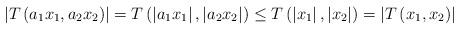
LaTeX: \begin{align*}\left\vert T\left( a_{1}x_{1},a_{2}x_{2}\right) \right\vert =T\left(\left\vert a_{1}x_{1}\right\vert ,\left\vert a_{2}x_{2}\right\vert \right)\leq T\left( \left\vert x_{1}\right\vert ,\left\vert x_{2}\right\vert\right) =\left\vert T\left( x_{1},x_{2}\right) \right\vert\end{align*}